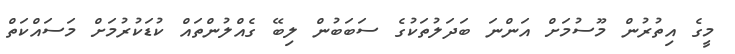
މީގެ އިތުރުން މޫސުމަށް އަންނަ ބަދަލުތަކުގެ ސަބަބުން ލިބޭ ގެއްލުންތައް ކުޑަކުރުމަށް މަސައްކަތް